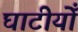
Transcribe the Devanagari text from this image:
घाटीयोँ